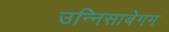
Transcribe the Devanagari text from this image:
उन्निसाबेगम